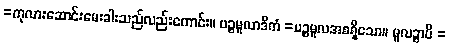
=ကုလားဆောင်းမေးခါးသည်လည်းကောင်း။ ပဉ္စမူလာဒိကံ =ပဉ္စမူလအစရှိသော။ မူလဉ္စာပိ =